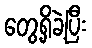
တွေ့ရှိခဲ့ပြီး